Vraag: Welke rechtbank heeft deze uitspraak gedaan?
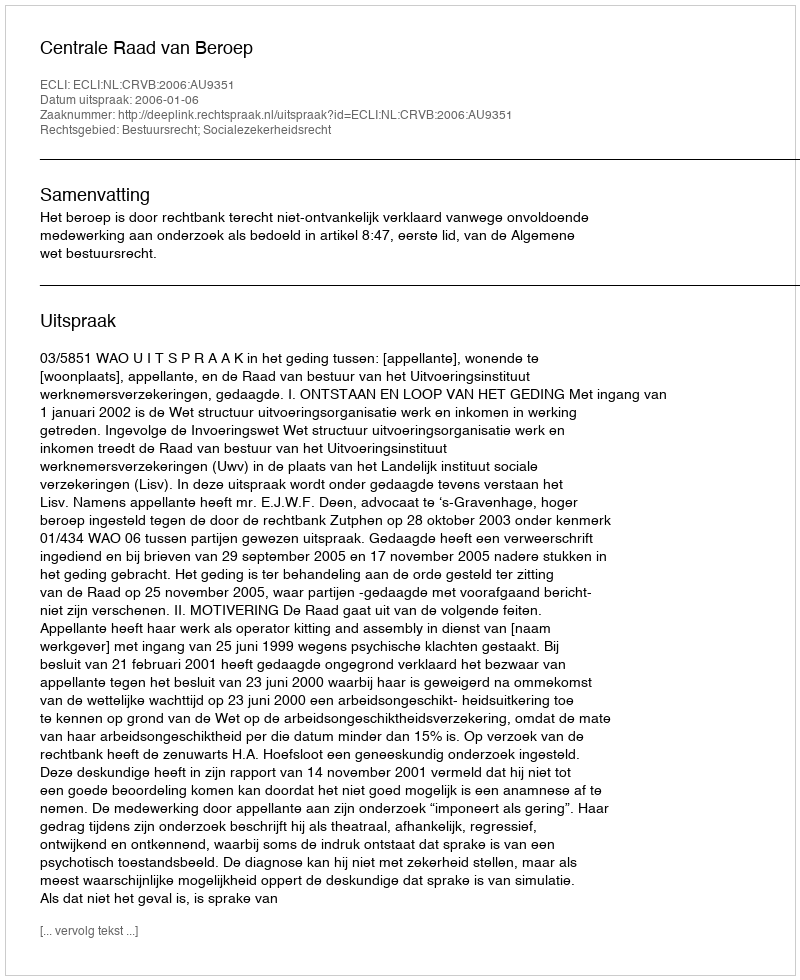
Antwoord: Centrale Raad van Beroep